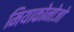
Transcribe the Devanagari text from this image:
मियाकोनोजो